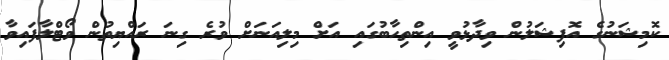
ކޮމިޝަނުގެ އޮފިޝަލުން ވިދާޅުވީ އިންތިހާބުގައި އަށް މިލިއަނަށް ވުރެ ގިނަ ރައްޔިތުން ވޯޓްލާފައިވާ